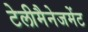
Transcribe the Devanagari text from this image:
टेलीमैनेजमेंट